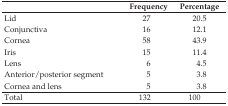
<table><thead><tr><td></td><td><b>Frequency</b></td><td><b>Percentage</b></td></tr></thead><tbody><tr><td>Lid</td><td>27</td><td>20.5</td></tr><tr><td>Conjunctiva</td><td>16</td><td>12.1</td></tr><tr><td>Cornea</td><td>58</td><td>43.9</td></tr><tr><td>Iris</td><td>15</td><td>11.4</td></tr><tr><td>Lens</td><td>6</td><td>4.5</td></tr><tr><td>Anterior/posterior segment</td><td>5</td><td>3.8</td></tr><tr><td>Cornea and lens</td><td>5</td><td>3.8</td></tr><tr><td>Total</td><td>132</td><td>100</td></tr></tbody></table>